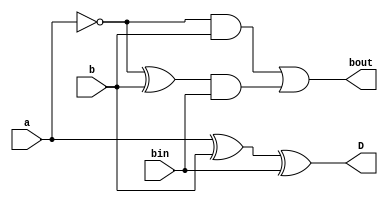
module full_subtractor (
    input a, b, bin,
    output D, bout
);

    assign D = a ^ b ^ bin;
    assign bout = (~a & b) | ((~a ^ b) & bin);

endmodule